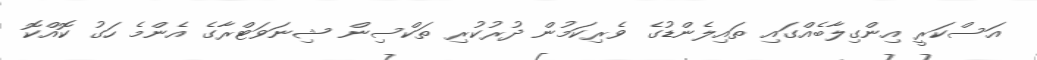
އަސްކަރީ އިންގިލާބެއްގައި ތައިލެންޑުގެ ވެރިކަމުން ދުރުކުރި ތަކްސިން ޝިނަވަޓްރާގެ އެންމެ ހަގު ކޮއްކޮ